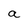
Character: a